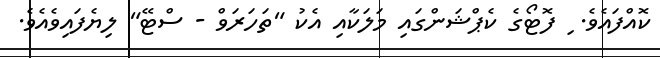
ކޮއްފައެވެ. ި ފޮޓޯގެ ކެޕްޝަންގައި މަލަކާއި އެކު "ތަހަރަވް - ސްޓޭ" ލިޔެފައިވެއެވެ.